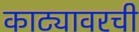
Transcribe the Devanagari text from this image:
काट्यावरची